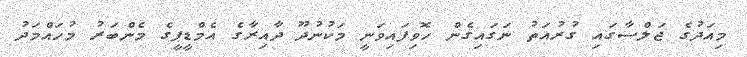
މިއަދުގެ ޖަލްސާގައި ގުރުއަތު ނަގައިގެން ހޮވިފައިވަނީ މަކުނުދޫ ދާއިރާގެ އެމްޑީޕީގެ މެންބަރު މުހައްމަދު